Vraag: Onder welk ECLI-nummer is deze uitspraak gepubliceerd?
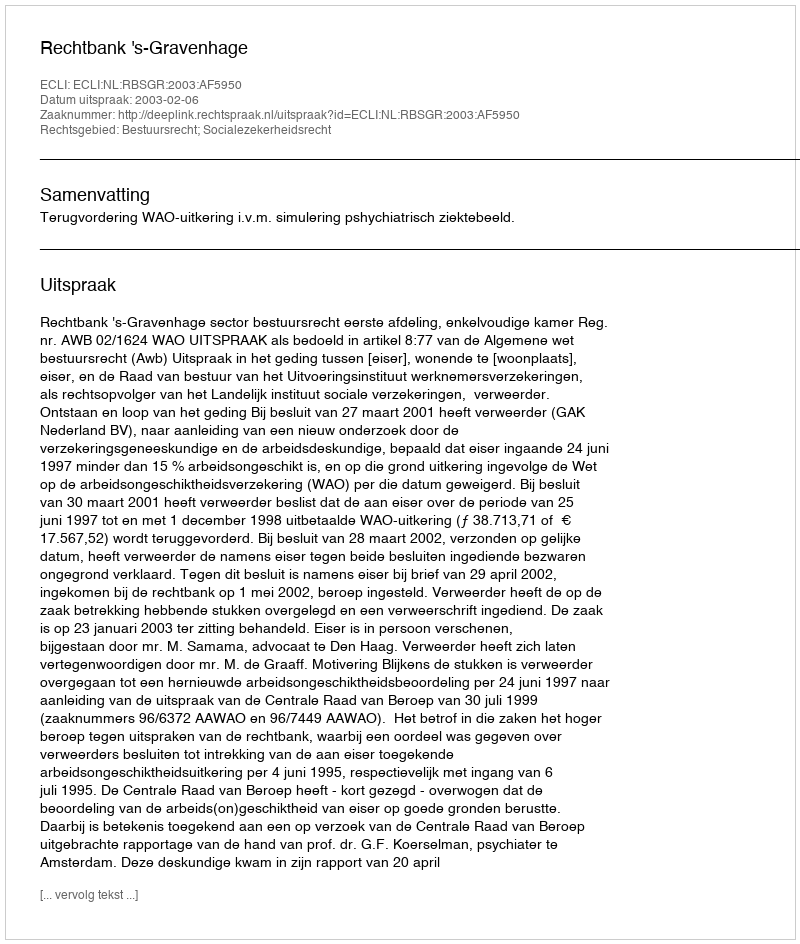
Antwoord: ECLI:NL:RBSGR:2003:AF5950